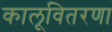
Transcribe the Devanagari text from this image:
कालूवितरणा